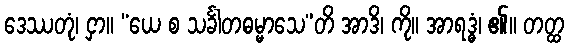
ဒေဿတုံ၊ ငှာ။ “ယေ စ သင်္ခါတဓမ္မာသေ”တိ အာဒိ၊ ကို။ အာရဒ္ဓံ၊ ၏။ တတ္ထ